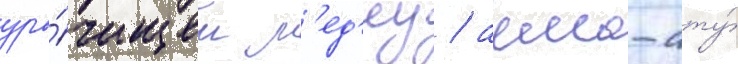
уро́чищем м'ед'еу / алма-ату́